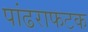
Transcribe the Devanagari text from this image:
पांढराफटक